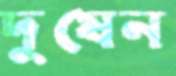
দুষেন